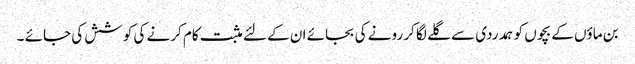
بن ماؤں کے بچوں کو ہمدردی سے گلے لگا کر رونے کی بجائے ان کے لئے مثبت کام کرنے کی کوشش کی جائے ۔